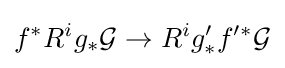
f^{*}R^{i}g_{*}{\mathcal {G}}\rightarrow R^{i}g'_{*}f'^{*}{\mathcal {G}}